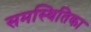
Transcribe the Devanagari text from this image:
समस्थितिका